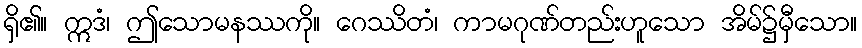
ရှိ၏။ ဣဒံ၊ ဤသောမနဿကို။ ဂေဿိတံ၊ ကာမဂုဏ်တည်းဟူသော အိမ်၌မှီသော။